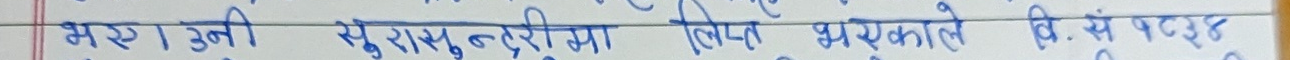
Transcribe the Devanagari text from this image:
भरिएको । उत्तरी सुराभुण्डारिया लिप्ने भएकाले वि. सं. २०३४